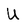
Character: U